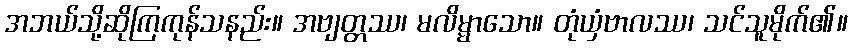
အဘယ်သို့ဆိုကြကုန်သနည်း။ အဗျတ္တဿ၊ မလိမ္မာသော။ တုံယှံဗာလဿ၊ သင်သူမိုက်၏။